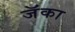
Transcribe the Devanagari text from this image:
जॅका